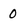
Character: 0